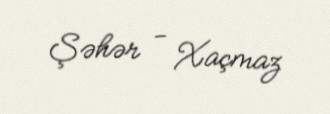
Şəhər - Xaçmaz